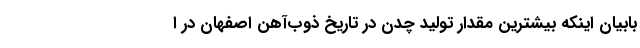
بابیان اینکه بیشترین مقدار تولید چدن در تاریخ ذوب‌آهن اصفهان در ا